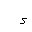
Letter: _hamza